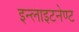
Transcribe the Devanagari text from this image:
इन्लाइटनेण्ट